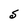
Character: S